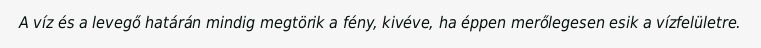
A víz és a levegő határán mindig megtörik a fény, kivéve, ha éppen merőlegesen esik a vízfelületre.